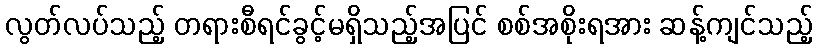
လွတ်လပ်သည့် တရားစီရင်ခွင့်မရှိသည့်အပြင် စစ်အစိုးရအား ဆန့်ကျင်သည့်